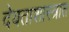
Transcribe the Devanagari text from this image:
देवताशास्त्रात